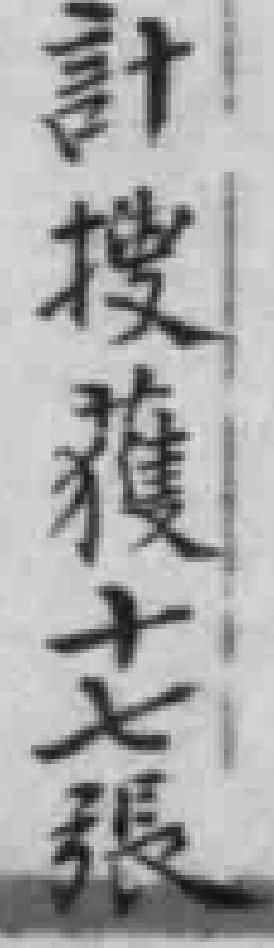
計搜獲十七張